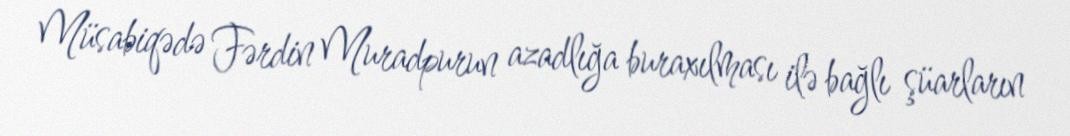
Müsabiqədə Fərdin Muradpurun azadlığa buraxılması ilə bağlı şüarların